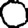
Digit: 0